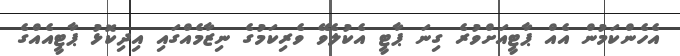
އެހެންކަމުން އެއް ޕާޓީއަށްވުރެ ގިނަ ޕާޓީ އެކުލެވޭ ވެރިކަމުގެ ނިޒާމެއްގައި އިދިކޮޅު ޕާޓީއެއްގެ